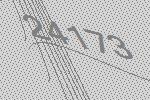
24173